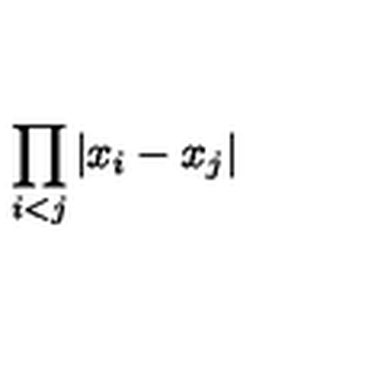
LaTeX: \displaystyle { \prod _ { i < j } | x _ { i } - x _ { j } | }